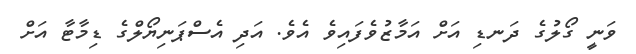
ވަނީ ގޯލުގެ ދަނޑި އަށް އަމާޒުވެފައިވެ އެވެ. އަދި އެސްޕަނިޔޯލްގެ ޑިމާޓާ އަށް